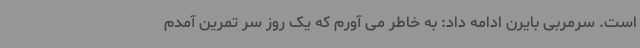
است. سرمربی بایرن ادامه داد: به خاطر می آورم که یک روز سر تمرین آمدم